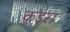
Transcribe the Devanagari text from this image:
कुड़रा